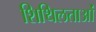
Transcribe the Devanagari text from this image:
शिथिलताओं